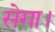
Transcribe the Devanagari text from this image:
सेगा।